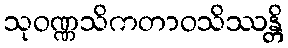
သုဝဏ္ဏသိကတာဝသိဿန္တိ